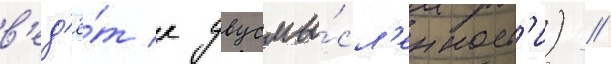
в'ед'ё́т к двусмы́сл'енност'и) //